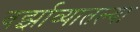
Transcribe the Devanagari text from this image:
वर्झाव्यातल्या